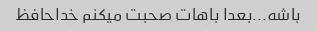
باشه...بعدا باهات صحبت میکنم خداحافظ